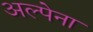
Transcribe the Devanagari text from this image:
अल्पेना